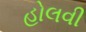
હોલવી